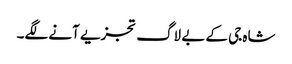
شاہ جی کے بے لاگ تجزیے آنے لگے۔